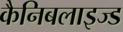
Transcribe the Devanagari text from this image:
कैनिबलाइज्ड